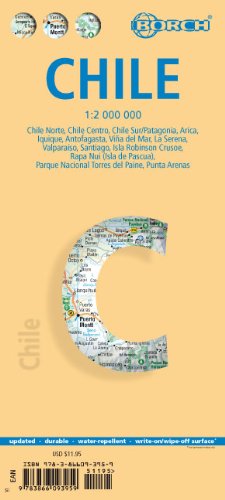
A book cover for Laminated Chile Map by Borch (English, Spanish, French, Italian and German Edition); Borch; Travel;